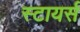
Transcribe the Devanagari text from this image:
स्टायर्स